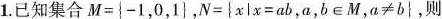
1已知集合$$M=\{-1，0，1\}$$，$$N= \{x|x=ab，a,b\in M，a\neq b\}$$,则